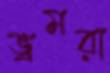
ভ্রমরা